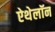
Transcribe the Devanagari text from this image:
ऐथेलॉन